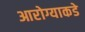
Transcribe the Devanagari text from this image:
आरोग्याकडे